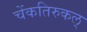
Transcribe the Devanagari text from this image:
चेंकतिरुकल्